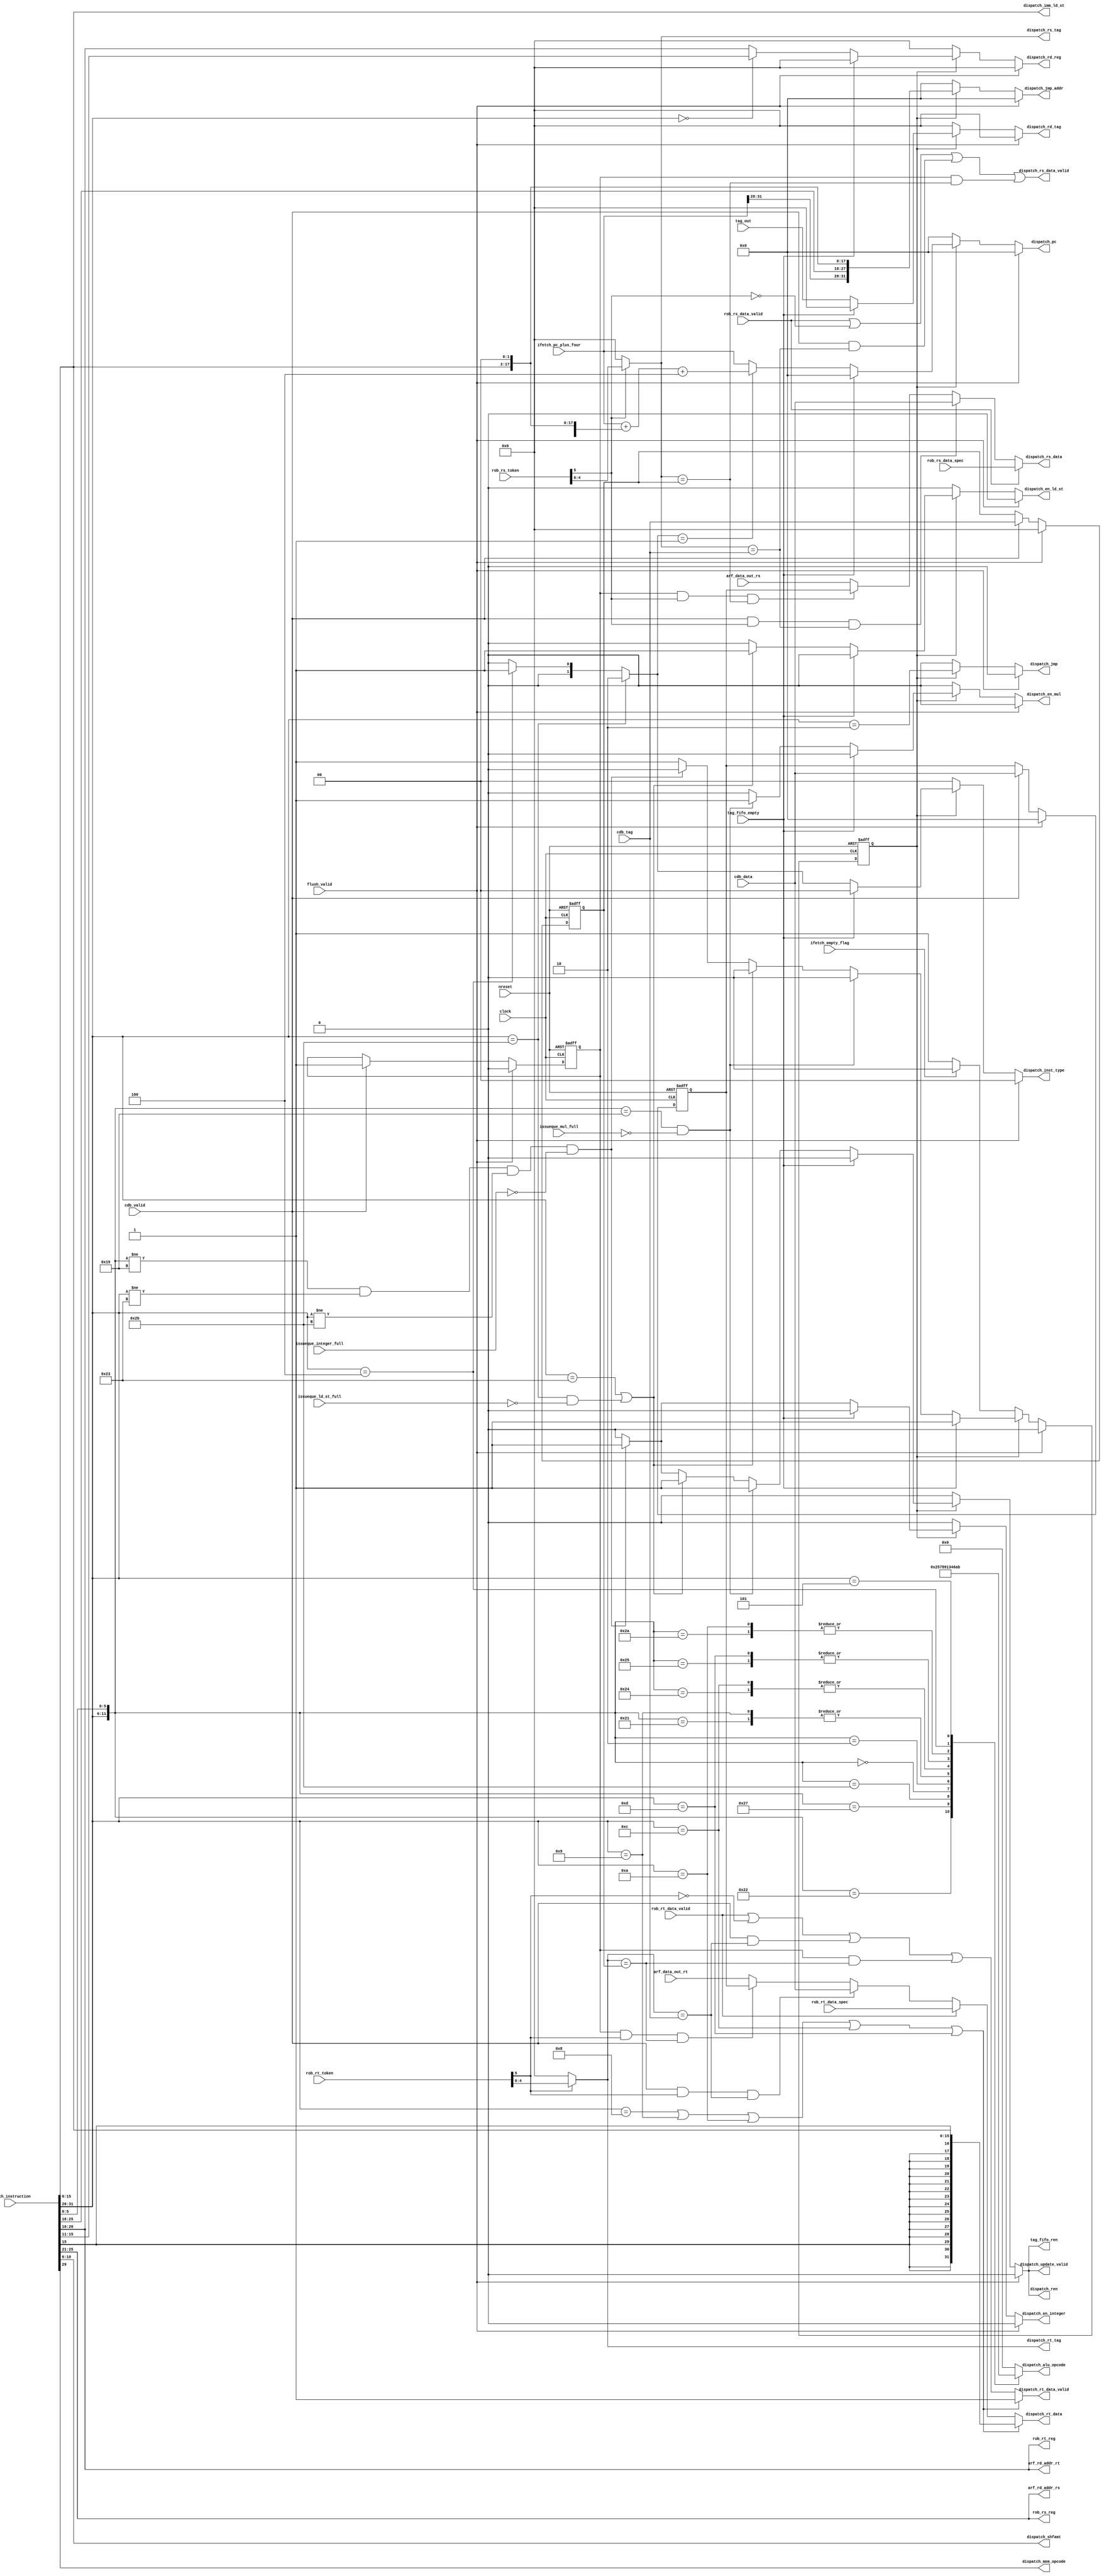
//
//-------------------------------------------------------------------------------------------------
//-------------------------------------------------------------------------------------------------
// modification history
// author          date        description
// ialvarado       2012-03-25  creation
//-------------------------------------------------------------------------------------------------

`define ADD   4'h0
`define ADDU  4'h1
`define SUB   4'h2
`define AND   4'h3
`define OR    4'h4
`define NOR   4'h5
`define SLT   4'h6
`define SLTU  4'h7
`define SLL   4'h8
`define SRL   4'h9
`define BEQ   4'ha
`define BNE   4'hb

//-------------------------------------------------------------------------------------------------
//
// MODULE: dispatcher
//
//-------------------------------------------------------------------------------------------------
module dispatcher (
  clock,
  nreset,
  flush_valid,
  tag_fifo_empty,
  tag_out,
  tag_fifo_ren,
  ifetch_empty_flag,
  ifetch_instruction,
  ifetch_pc_plus_four,
  dispatch_ren,
  dispatch_jmp,
  dispatch_jmp_addr,
  arf_data_out_rs,
  arf_data_out_rt,
  arf_rd_addr_rs,
  arf_rd_addr_rt,
  dispatch_rs_data_valid,
  dispatch_rs_data,
  dispatch_rs_tag,
  dispatch_rt_data_valid,
  dispatch_rt_data,
  dispatch_rt_tag,
  dispatch_rd_tag,
  issueque_integer_full,
  dispatch_en_integer,
  dispatch_alu_opcode,
  dispatch_shfamt,
  issueque_ld_st_full,
  dispatch_en_ld_st,
  dispatch_mem_opcode,
  dispatch_imm_ld_st,
  issueque_mul_full,
  dispatch_en_mul,
  rob_rs_data_valid,
  rob_rs_token,
  rob_rs_data_spec,
  rob_rs_reg,
  rob_rt_data_valid,
  rob_rt_token,
  rob_rt_data_spec,
  rob_rt_reg,
  dispatch_update_valid,
  dispatch_rd_reg,
  dispatch_pc,
  dispatch_inst_type,
  cdb_valid,
  cdb_tag,
  cdb_data
);

  //-----------------------------------------------------------------------------------------------
  //
  // Parameters
  //
  //-----------------------------------------------------------------------------------------------
  parameter JUMP_OPCODE = 6'h02;
  parameter LOAD        = 1'b0;
  parameter DISPATCH    = 1'b1;
  parameter MULT_OPCODE = {6'h00, 6'h19};
  parameter LOAD_OPC    = 6'h23;
  parameter STORE_OPC   = 6'h2b;

  //-----------------------------------------------------------------------------------------------
  //
  // Interfaces
  //
  //-----------------------------------------------------------------------------------------------
  input clock;
  input nreset;
  input flush_valid;

  //-----------------------------------------------------------------------------------------------
  // taq fifo interface
  //-----------------------------------------------------------------------------------------------
  input              tag_fifo_empty;
  input       [ 4:0] tag_out;
  output reg         tag_fifo_ren;

  //-----------------------------------------------------------------------------------------------
  // instruction fetch queue interface
  //-----------------------------------------------------------------------------------------------
  input              ifetch_empty_flag;
  input       [31:0] ifetch_instruction;
  input       [31:0] ifetch_pc_plus_four;
  output reg         dispatch_ren;
  output reg         dispatch_jmp;
  output reg  [31:0] dispatch_jmp_addr;

  //-----------------------------------------------------------------------------------------------
  // architectural register file interface
  //-----------------------------------------------------------------------------------------------
  input       [31:0] arf_data_out_rs;
  input       [31:0] arf_data_out_rt;
  output reg  [ 4:0] arf_rd_addr_rs;
  output reg  [ 4:0] arf_rd_addr_rt;

  //-----------------------------------------------------------------------------------------------
  // queues interface
  //-----------------------------------------------------------------------------------------------
  output reg         dispatch_rs_data_valid;
  output reg  [31:0] dispatch_rs_data;
  output reg  [ 4:0] dispatch_rs_tag;

  output reg         dispatch_rt_data_valid;
  output reg  [31:0] dispatch_rt_data;
  output reg  [ 4:0] dispatch_rt_tag;

  output reg  [ 4:0] dispatch_rd_tag;

  //-----------------------------------------------------------------------------------------------
  // integer queue interface
  //-----------------------------------------------------------------------------------------------
  input              issueque_integer_full;
  output reg         dispatch_en_integer;
  output reg  [ 3:0] dispatch_alu_opcode;
  output reg  [ 4:0] dispatch_shfamt;

  //-----------------------------------------------------------------------------------------------
  // load and store queue interface
  //-----------------------------------------------------------------------------------------------
  input              issueque_ld_st_full;
  output reg         dispatch_en_ld_st;
  output reg         dispatch_mem_opcode;
  output reg  [15:0] dispatch_imm_ld_st;

  //-----------------------------------------------------------------------------------------------
  // multiplication queue
  //-----------------------------------------------------------------------------------------------
  input              issueque_mul_full;
  output reg         dispatch_en_mul;

  //-----------------------------------------------------------------------------------------------
  // rob query interface
  //-----------------------------------------------------------------------------------------------
  input              rob_rs_data_valid;
  input       [ 5:0] rob_rs_token;
  input       [31:0] rob_rs_data_spec;
  output reg  [ 4:0] rob_rs_reg;

  input              rob_rt_data_valid;
  input       [ 5:0] rob_rt_token;
  input       [31:0] rob_rt_data_spec;
  output reg  [ 4:0] rob_rt_reg;

  //-----------------------------------------------------------------------------------------------
  // rob update interface
  //-----------------------------------------------------------------------------------------------
  output reg         dispatch_update_valid;
  output reg  [ 4:0] dispatch_rd_reg;
  output reg  [31:0] dispatch_pc;
  output reg  [ 1:0] dispatch_inst_type;

  //-----------------------------------------------------------------------------------------------
  // rob update interface
  //-----------------------------------------------------------------------------------------------
  input              cdb_valid;
  input       [ 4:0] cdb_tag;
  input       [31:0] cdb_data;

  //-----------------------------------------------------------------------------------------------
  //
  // Internal signals
  //
  //-----------------------------------------------------------------------------------------------

  //-----------------------------------------------------------------------------------------------
  // Variables
  //-----------------------------------------------------------------------------------------------
  reg        crstate;
  reg        nxstate;
  reg [31:0] br_addr_value;
  reg [31:0] imm_extended;
  reg [11:0] opcode;
  reg [ 4:0] destiny_register;
  reg [ 1:0] inst_type;
  reg        comb_jmp;
  reg [31:0] comb_jmp_addr;

  reg        saved_cdb_valid;
  reg [ 4:0] saved_cdb_tag;
  reg [31:0] saved_cdb_data;
  reg        rstkvld;
  reg        rttkvld;

  reg        imm_inst;

  //-----------------------------------------------------------------------------------------------
  //
  // Combinational logic
  //
  //-----------------------------------------------------------------------------------------------
  always @(*) begin
    opcode = {ifetch_instruction[31:26], ifetch_instruction[5:0]};
  end

  //-----------------------------------------------------------------------------------------------
  // query logic
  //-----------------------------------------------------------------------------------------------
  always @(*) begin
    arf_rd_addr_rs = ifetch_instruction[25:21];
    rob_rs_reg     = ifetch_instruction[25:21];
    arf_rd_addr_rt = ifetch_instruction[20:16];
    rob_rt_reg     = ifetch_instruction[20:16];
  end

  //-----------------------------------------------------------------------------------------------
  // sign extension
  //-----------------------------------------------------------------------------------------------
  always @(*) begin
    imm_extended = {{16{ifetch_instruction[15]}}, ifetch_instruction[15:0]};
  end

  //-----------------------------------------------------------------------------------------------
  // jump and branch address calculation
  //-----------------------------------------------------------------------------------------------
  always @(*) begin
    br_addr_value = ifetch_pc_plus_four + {imm_extended[29:0], 2'h0} + 4;
    comb_jmp      = ifetch_instruction[31:26] == JUMP_OPCODE;
    comb_jmp_addr = {ifetch_pc_plus_four[31:28], ifetch_instruction[25:0], 2'h0};
  end

  //-----------------------------------------------------------------------------------------------
  // find the data for the operands rs and rt
  //-----------------------------------------------------------------------------------------------
  always @(*) begin
    dispatch_rs_tag = rob_rs_token[5] ? rob_rs_token[4:0] : 0;
    dispatch_rt_tag = rob_rt_token[5] ? rob_rt_token[4:0] : 0;
    rstkvld         = rob_rs_token[5];
    rttkvld         = rob_rt_token[5];

    imm_inst = opcode[11:6] == 6'h08 || opcode[11:6] == 6'h09 || opcode[11:6] == 6'h0a ||
      opcode[11:6] == 6'h0c || opcode[11:6] == 6'h0d;

    dispatch_rs_data_valid = rob_rs_data_valid || !rob_rs_token[5] ||
      (cdb_valid       && (dispatch_rs_tag == cdb_tag)) ||
      (saved_cdb_valid && (dispatch_rs_tag == saved_cdb_tag));

    dispatch_rs_data       = rob_rs_data_valid ?
      rob_rs_data_spec : (cdb_valid       && rstkvld && (dispatch_rs_tag == cdb_tag)) ?
      cdb_data         : (saved_cdb_valid && rstkvld && (dispatch_rs_tag == saved_cdb_tag)) ?
      saved_cdb_data   : arf_data_out_rs;
    
    dispatch_rt_data_valid = imm_inst ? 1 : rob_rt_data_valid || !rob_rt_token[5] ||
      (cdb_valid       && (dispatch_rt_tag == cdb_tag)) ||
      (saved_cdb_valid && (dispatch_rt_tag == saved_cdb_tag));

    dispatch_rt_data       = imm_inst ? imm_extended: rob_rt_data_valid ?
      rob_rt_data_spec : (cdb_valid       && rttkvld && (dispatch_rt_tag == cdb_tag)) ?
      cdb_data         : (saved_cdb_valid && rttkvld && (dispatch_rt_tag == saved_cdb_tag)) ?
      saved_cdb_data   : arf_data_out_rt;
  end

  //-----------------------------------------------------------------------------------------------
  // determine which part of the ocpode is the destination register
  //-----------------------------------------------------------------------------------------------
  always @(*) begin
    if(opcode[11:6] == 6'h00) begin
      destiny_register = ifetch_instruction[15:11];
    end
    else begin
      destiny_register = ifetch_instruction[20:16];
    end
  end

  //-----------------------------------------------------------------------------------------------
  // determine the instruction type
  //-----------------------------------------------------------------------------------------------
  always @(*) begin
    if(opcode[11:6] == STORE_OPC) begin
      inst_type = 2'h2;
    end
    else if(opcode[11:6] == 6'h04 || opcode[11:6] == 6'h04) begin
      inst_type = 2'h1;
    end
    else begin
      inst_type = 2'h0;
    end
  end

  //-----------------------------------------------------------------------------------------------
  // alu opcode decoding for integer queue
  //-----------------------------------------------------------------------------------------------
  always @(*) begin
    casex(opcode)
      {6'h00, 6'h20}: dispatch_alu_opcode = `ADD;  // R-type
      {6'h00, 6'h21}: dispatch_alu_opcode = `ADDU; // R-type
      {6'h00, 6'h22}: dispatch_alu_opcode = `SUB;  // R-type
      {6'h00, 6'h24}: dispatch_alu_opcode = `AND;  // R-type
      {6'h00, 6'h25}: dispatch_alu_opcode = `OR;   // R-type
      {6'h00, 6'h27}: dispatch_alu_opcode = `NOR;  // R-type
      {6'h00, 6'h2a}: dispatch_alu_opcode = `SLT;  // R-type
      {6'h00, 6'h2b}: dispatch_alu_opcode = `SLTU; // R-type
      {6'h00, 6'h00}: dispatch_alu_opcode = `SLL;  // R-type
      {6'h00, 6'h02}: dispatch_alu_opcode = `SRL;  // R-type
      {6'h08, 6'hxx}: dispatch_alu_opcode = `ADD;  // I-type
      {6'h09, 6'hxx}: dispatch_alu_opcode = `ADDU; // I-type
      {6'h0c, 6'hxx}: dispatch_alu_opcode = `AND;  // I-type
      {6'h0d, 6'hxx}: dispatch_alu_opcode = `OR;   // I-type
      {6'h0a, 6'hxx}: dispatch_alu_opcode = `SLT;  // I-type
      {6'h04, 6'hxx}: dispatch_alu_opcode = `BEQ;  // Branch
      {6'h05, 6'hxx}: dispatch_alu_opcode = `BNE;  // Branch
      default:        dispatch_alu_opcode = 0;
    endcase
    dispatch_shfamt = ifetch_instruction[10:6];
  end

  //-----------------------------------------------------------------------------------------------
  // load and store queue
  //-----------------------------------------------------------------------------------------------
  always @(*) begin
    dispatch_mem_opcode = ifetch_instruction[29];
    dispatch_imm_ld_st  = ifetch_instruction[15:0];
  end

  //-----------------------------------------------------------------------------------------------
  //
  // State dependent logic
  //
  //-----------------------------------------------------------------------------------------------
  always @(*) begin
    nxstate = crstate;
    dispatch_ren          = 0;
    dispatch_en_integer   = 0;
    dispatch_en_ld_st     = 0;
    dispatch_en_mul       = 0;
    dispatch_update_valid = 0;
    dispatch_rd_tag       = 0;
    dispatch_rd_reg       = 0;
    dispatch_pc           = 0;
    dispatch_inst_type    = 0;
    tag_fifo_ren          = 0;
    dispatch_jmp          = 0;
    dispatch_jmp_addr     = 0;

    if(flush_valid) begin
      nxstate = LOAD;
      dispatch_ren          = 0;
      dispatch_en_integer   = 0;
      dispatch_en_ld_st     = 0;
      dispatch_en_mul       = 0;
      dispatch_update_valid = 0;
      dispatch_rd_tag       = 0;
      dispatch_rd_reg       = 0;
      dispatch_pc           = 0;
      dispatch_inst_type    = 0;
      tag_fifo_ren          = 0;
      dispatch_jmp          = 0;
      dispatch_jmp_addr     = 0;
    end
    else if(crstate == LOAD) begin
      dispatch_ren          = 0;
      dispatch_en_ld_st     = 0;
      dispatch_en_mul       = 0;
      dispatch_update_valid = 0;
      tag_fifo_ren          = 0;
      if(ifetch_empty_flag == 0) begin
        nxstate = DISPATCH;
        dispatch_ren = 0;
      end
    end
    else begin
      dispatch_jmp      = comb_jmp;
      dispatch_jmp_addr = comb_jmp_addr;
      if(!tag_fifo_empty) begin
        dispatch_rd_tag    = tag_out;
        dispatch_rd_reg    = destiny_register;
        dispatch_pc        = inst_type == 1 ? br_addr_value : ifetch_pc_plus_four;
        dispatch_inst_type = inst_type;

        if(opcode != MULT_OPCODE && opcode[11:6] != LOAD_OPC && opcode[11:6] != STORE_OPC &&
          !issueque_integer_full) begin
          // issue queue submit success save new entry in rob and look for the next instruction
          dispatch_ren          = 1;
          tag_fifo_ren          = 1;
          dispatch_en_integer   = 1;
          // rob update
          dispatch_update_valid = 1;
          // return to load
          nxstate = LOAD;
        end
        if(opcode[11:6] == LOAD_OPC || opcode[11:6] == STORE_OPC && !issueque_ld_st_full) begin
          // issue queue submit success save new entry in rob and look for the next instruction
          dispatch_ren          = 1;
          tag_fifo_ren          = 1;
          dispatch_en_ld_st     = 1;
          // rob update
          dispatch_update_valid = 1;
          // return to load
          nxstate = LOAD;
        end
        if(opcode == MULT_OPCODE && !issueque_mul_full) begin
          // issue queue submit success save new entry in rob and look for the next instruction
          dispatch_ren          = 1;
          tag_fifo_ren          = 1;
          dispatch_en_mul       = 1;
          // rob update
          dispatch_update_valid = 1;
          // return to load
          nxstate = LOAD;
        end
      end
    end
  end

  //-----------------------------------------------------------------------------------------------
  //
  // State register
  //
  //-----------------------------------------------------------------------------------------------
  always @(posedge clock, negedge nreset) begin
    if(!nreset) begin
      crstate         <= LOAD;
      saved_cdb_valid <= 0;
      saved_cdb_tag   <= 0;
      saved_cdb_data  <= 0;
    end
    else if(flush_valid) begin
      crstate         <= LOAD;
      saved_cdb_valid <= 0;
      saved_cdb_tag   <= 0;
      saved_cdb_data  <= 0;
    end
    else begin
      crstate <= nxstate;
      if(cdb_valid) begin
        saved_cdb_valid <= 1;
        saved_cdb_tag   <= cdb_tag;
        saved_cdb_data  <= cdb_data;
      end
    end
  end

endmodule